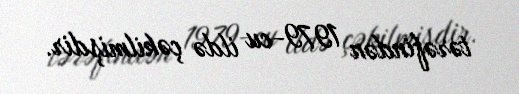
tərəfindən 1979-cu ildə çəkilmişdir.